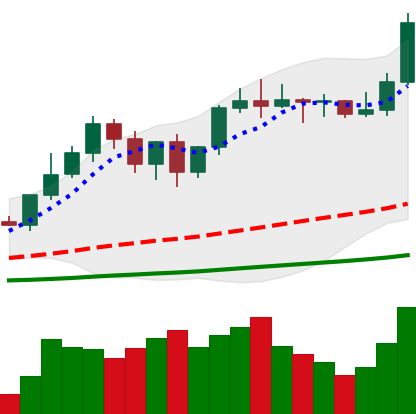
Ticker: LTC-USD
Chart end date: 2021-01-03
Forward return: 8.171%
Label: up_7plus